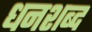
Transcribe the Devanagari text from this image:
धनशब्द